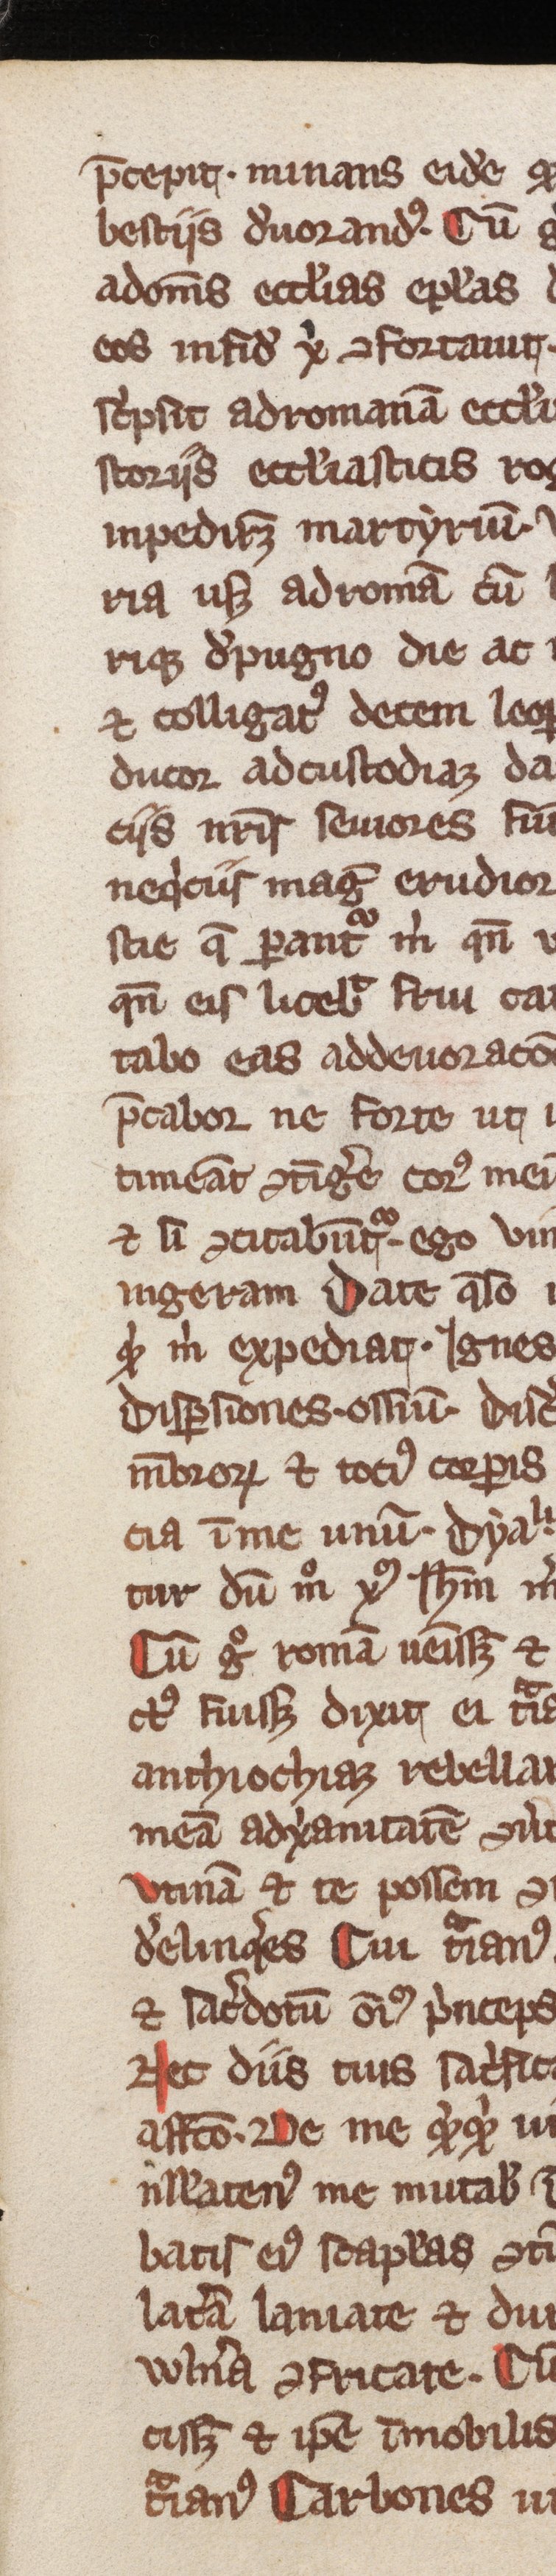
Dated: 1300–1399